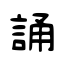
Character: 誦